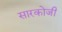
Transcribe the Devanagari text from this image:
सारकोजी